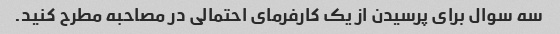
سه سوال برای پرسیدن از یک کارفرمای احتمالی در مصاحبه مطرح کنید.